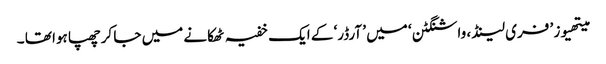
میتھیوز ’ فری لینڈ ، واشنگٹن ‘ میں ’ آرڈر‘ کے ایک خفیہ ٹھکانے میں جا کرچھپا ہوا تھا ۔